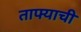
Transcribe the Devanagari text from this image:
ताफ्याची